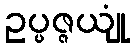
ဥပ္ပဇ္ဇယျုံ